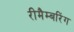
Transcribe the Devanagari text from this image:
रीमैम्बरिंग